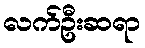
လက်ဦးဆရာ